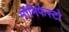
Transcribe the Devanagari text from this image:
मॉनिफेस्टो